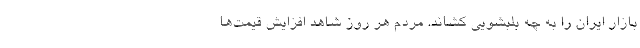
بازار ایران را به چه بلبشویی کشاند. مردم هر روز شاهد افزایش قیمت‌ها